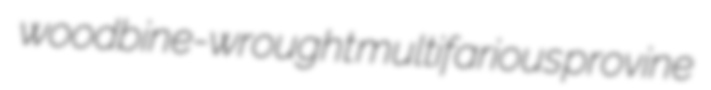
woodbine-wrought multifarious provine